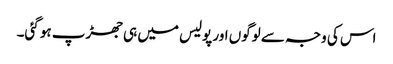
اس کی وجہ سے لوگوں اور پولیس میں ہی جھڑپ ہو گئی۔